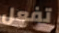
تفعل